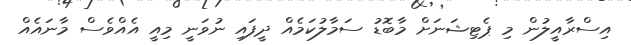
އިސްރާއީލުން މި ޕެޓިޝަނަށް މާބޮޑު ސަމާލުކަމެއް ދީފައި ނުވަނީ މިއީ އެއްވެސް މާނައެއް